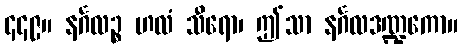
၄၄၉။ နင်္ဂလဉ္စ ဟလံ သီရော၊ ဤသာ နင်္ဂလဒဏ္ဍကော။